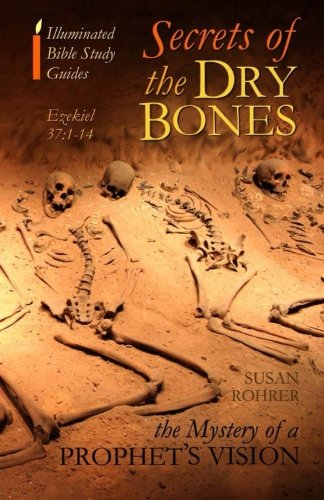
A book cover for Secrets of the Dry Bones: Ezekiel 37:1-14 - The Mystery of a Prophet's Vision (Illuminated Bible Study Guides Series); Susan Rohrer; Christian Books & Bibles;